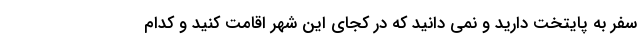
سفر به پایتخت دارید و نمی دانید که در کجای این شهر اقامت کنید و کدام